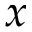
x